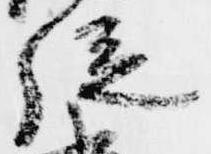
従